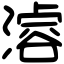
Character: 𣽊